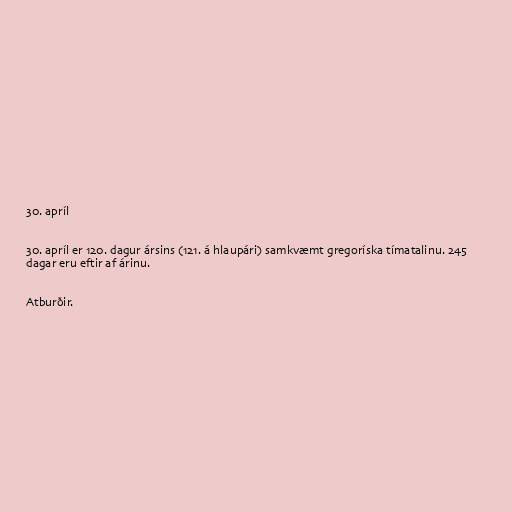
30. apríl

30. apríl er 120. dagur ársins (121. á hlaupári) samkvæmt gregoríska tímatalinu. 245
dagar eru eftir af árinu.

Atburðir.